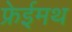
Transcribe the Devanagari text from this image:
फ्रेईमथ